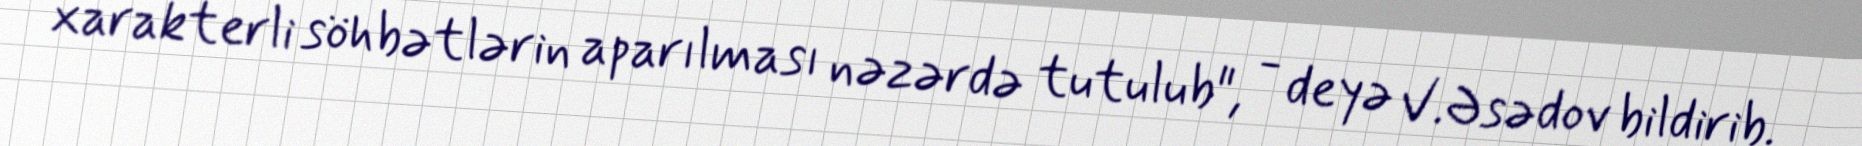
xarakterli söhbətlərin aparılması nəzərdə tutulub", - deyə V.Əsədov bildirib.